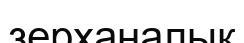
зерханалық